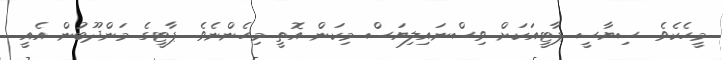
މީހެކެވެ. ސިޔާސީ ޕާޓީއަކަށް ވިސްނައިލިޔަސް މިކަން އޮތީ މިހެންނެވެ. ޕާޓީގެ މަންދޫބުން އެއީ